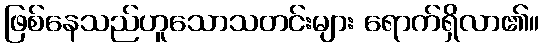
ဖြစ်နေသည်ဟူသောသတင်းများ ရောက်ရှိလာ၏။